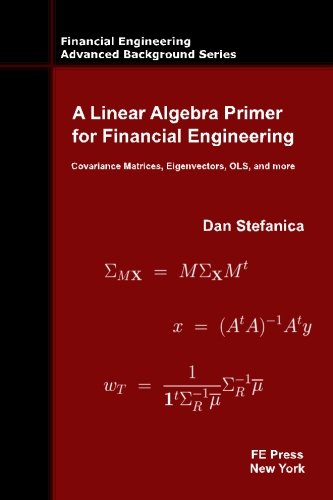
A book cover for A Linear Algebra Primer for Financial Engineering: Covariance Matrices, Eigenvectors, OLS, and more (Financial Engineering Advanced Background Series); Dan Stefanica; Business & Money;